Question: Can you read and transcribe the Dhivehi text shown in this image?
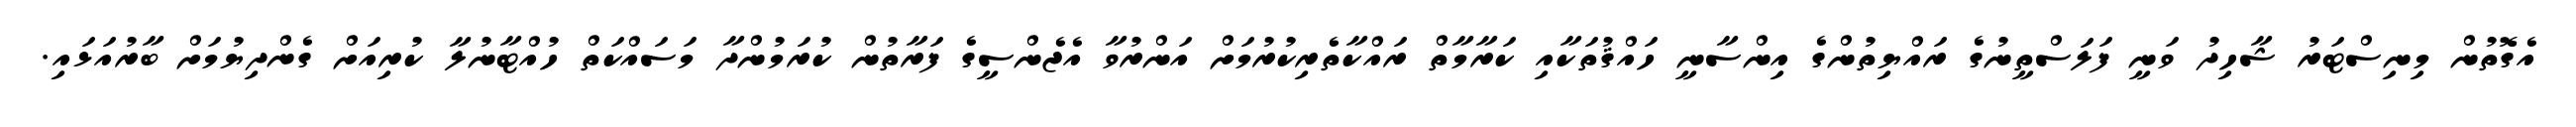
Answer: އެގޮތުން މިނިސްޓަރު ޝާހިދު ވަނީ ފަލަސްތީނުގެ ރައްޔިތުންގެ އިންސާނީ ހައްޤުތަކާއި ކަރާމާތް ރައްކާތެރިކުރުމަށް އަންރުވާ އެޖެންސީގެ ފަރާތުން ކުރަމުންދާ މަސައްކަތް ހުއްޓާނުލާ ކުރިއަށް ގެންދިޔުމަށް ބާރުއަޅައި.